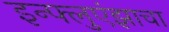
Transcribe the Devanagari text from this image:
इन्फ्लुएंझाचा